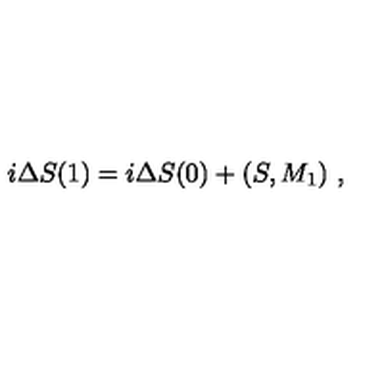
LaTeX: i \Delta S ( 1 ) = i \Delta S ( 0 ) + ( S , M _ { 1 } ) \ ,